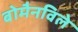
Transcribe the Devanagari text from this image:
बोमैनविले